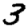
Digit: 3